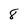
Character: 8